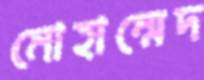
মোহাম্মেদ